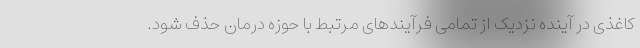
کاغذی در آینده نزدیک از تمامی فرآیندهای مرتبط با حوزه درمان حذف شود.